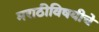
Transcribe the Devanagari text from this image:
मराठीविषयीचे